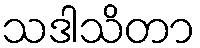
သဒါသိတာ